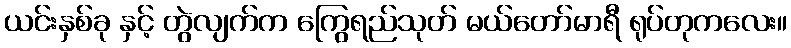
ယင်းနှစ်ခု နှင့် တွဲလျက်က ကြွေရည်သုတ် မယ်တော်မာရီ ရုပ်တုကလေး။